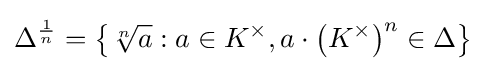
\Delta ^{\frac {1}{n}}=\left\{{\sqrt[{n}]{a}}:a\in K^{\times },a\cdot \left(K^{\times }\right)^{n}\in \Delta \right\}